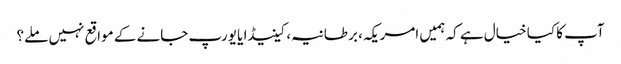
آپ کا کیا خیال ہے کہ ہمیں امریکہ، برطانیہ، کینیڈا یا یورپ جانے کے مواقع نہیں ملے؟